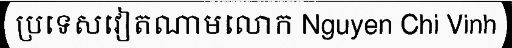
ប្រទេសវៀតណាមលោក Nguyen Chi Vinh